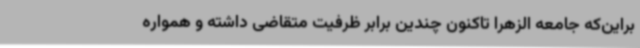
براین‌که جامعه الزهرا تاکنون چندین برابر ظرفیت متقاضی داشته و همواره